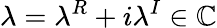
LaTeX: \lambda=\lambda^{R}+i\lambda^{I}\in\mathbb{C}